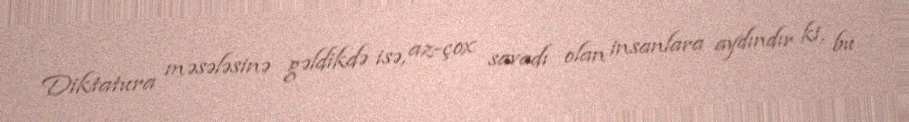
Diktatura məsələsinə gəldikdə isə, az-çox savadı olan insanlara aydındır ki, bu